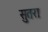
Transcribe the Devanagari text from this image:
सुतरा